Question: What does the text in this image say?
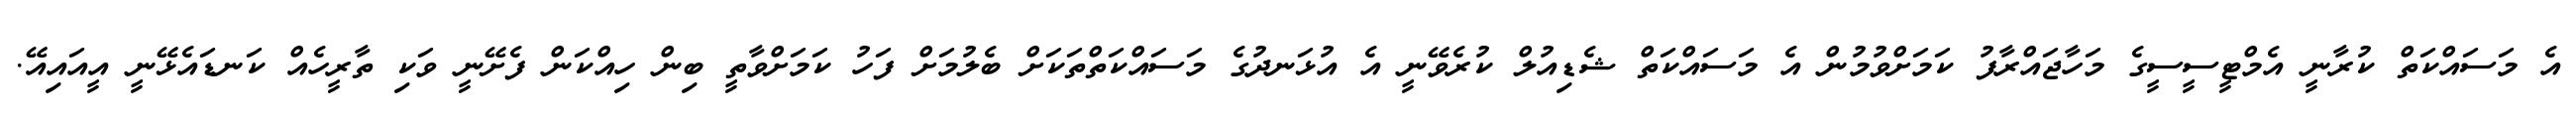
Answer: އެ މަސައްކަތް ކުރާނީ އެމްޓީސީސީގެ މަހާޖައްރާފު ކަމަށްވުމުން އެ މަސައްކަތް ޝެޑިއުލް ކުރެވޭނީ އެ އުޅަނދުގެ މަސައްކަތްތަކަށް ބެލުމަށް ފަހު ކަމަށްވާތީ ބިން ހިއްކަން ފެށޭނީ ވަކި ތާރީހެއް ކަނޑައެޅޭނީ އީއައިއޭ.